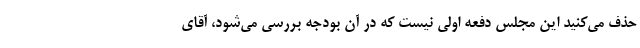
حذف می‌کنید این مجلس دفعه اولی نیست که در آن بودجه بررسی می‌شود، آقای